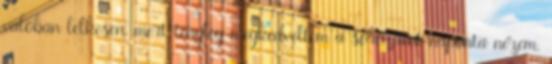
valóban lelkesen, mert tényleg megkedveltem a sorozatot naponta nézem,